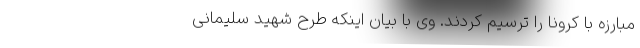
مبارزه با کرونا را ترسیم کردند. وی با بیان اینکه طرح شهید سلیمانی